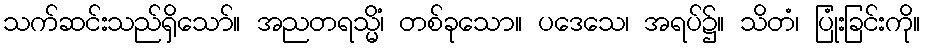
သက်ဆင်းသည်ရှိသော်။ အညတရသ္မိံ၊ တစ်ခုသော။ ပဒေသေ၊ အရပ်၌။ သိတံ၊ ပြုံးခြင်းကို။